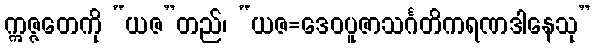
ဣဇ္ဇတေကို “ယဇ”တည်၊ “ယဇ=ဒေဝပူဇာသင်္ဂတိကရဏဒါနေသု”